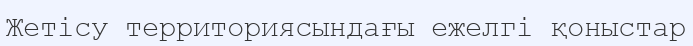
Жетісу территориясындағы ежелгі қоныстар